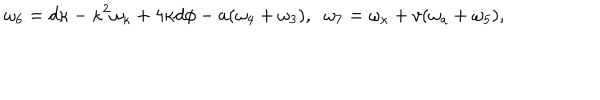
LaTeX: \omega _ { 6 } = d \kappa - \kappa ^ { 2 } \omega _ { \kappa } + 4 \kappa d \phi - a ( \omega _ { 4 } + \omega _ { 3 } ) , \; \; \omega _ { 7 } = \omega _ { \kappa } + v ( \omega _ { a } + \omega _ { 5 } ) ,